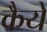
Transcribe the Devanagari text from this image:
कैये